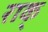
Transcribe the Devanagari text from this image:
राक्‌